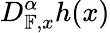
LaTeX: D_{\mathbb{F},x}^{\alpha}h(x)